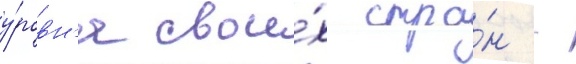
у́ровн'я свои́х стра́н -